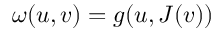
\omega ( u , v ) = g ( u , J ( v ) )